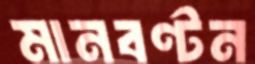
মানবণ্টন